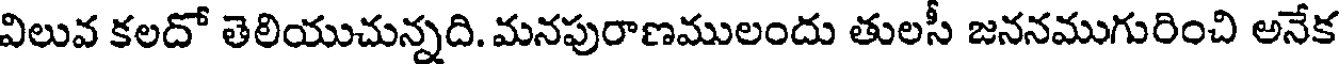
విలువ కలదో తెలియుచున్నది. మనపురాణములందు తులసీ జననముగురించి అనేక